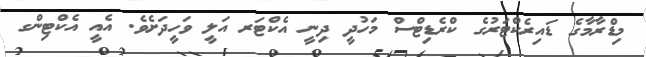
މިޑްރާމާގެ ޑައިރެކްޓަރުގެ ކްރެޑިޓްސް މަހުދީ ދިނީ އެކްޓަރ އަލީ ވަހީދަށެވެ. އެއީ އެކްޓިންގ